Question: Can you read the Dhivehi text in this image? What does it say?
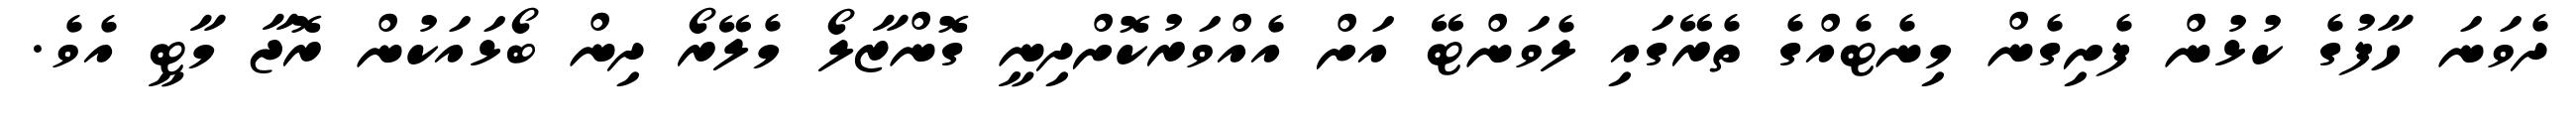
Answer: ދެވަނަ ހާފުގެ ކުޅުން ފެށިގެން މިނެޓެއްގެ ތެރޭގައި ލެވަންޓޭ އަށް އެއްވަރުކޮށްދިނީ ގޮންޒާލޯ މެލޭރޯ ދިން ބޯޅައަކުން ރޮޖާ މާޓީ އެވެ.